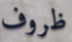
ظروف